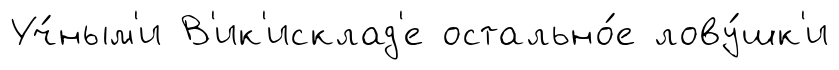
Уч́ным'и В'ик'исклад'е остально́е лову́шк'и